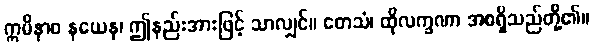
ဣမိနာဝ နယေန၊ ဤနည်းအားဖြင့် သာလျှင်။ တေသံ၊ ထိုလက္ခဏာ အစရှိသည်တို့၏။